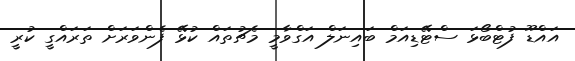
އައްޑޫ ފުޓްބޯޅަ ސްޓޭޑިއަމް ބައިނަލް އަގްވާމީ މެޗުތައް ކުޅޭ ފެންވަރަށް ތަރައްގީ ކުރީ